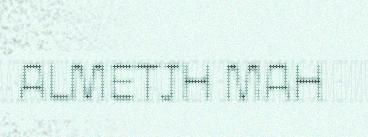
ALMETJH MAH